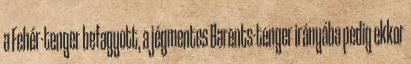
a Fehér-tenger befagyott, a jégmentes Barents-tenger irányába pedig ekkor